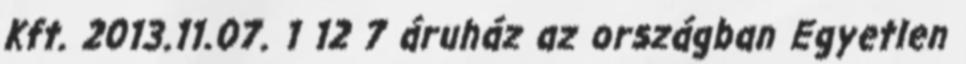
Kft. 2013.11.07. 1 12 7 áruház az országban Egyetlen